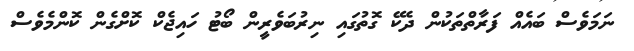
ނަމަވެސް ބައެއް ފަރާތްތަކުން ދެކޭ ގޮތުގައި ނިރުބަވެރީން ބޯޓު ހައިޖެކް ކޮށްގެން ކޮންމެވެސް